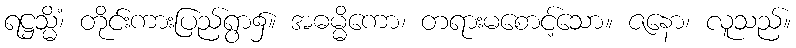
ရဋ္ဌသ္မိံ၊ တိုင်းကားပြည်ရွာ၌။ အဓမ္မိကော၊ တရားမစောင့်သော။ ဇနော၊ လူသည်။